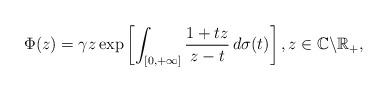
LaTeX: \begin{align*}\Phi(z)=\gamma z\exp\left[\int_{[0,+\infty]}\frac{1+tz}{z-t}\,d\sigma(t)\right],z\in\mathbb{C}\backslash\mathbb{R}_{+},\end{align*}